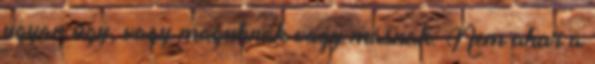
ugyan úgy, vagy maguknak vagy másnak. Nem akar a